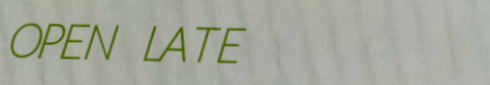
OPEN LATE